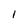
Character: l